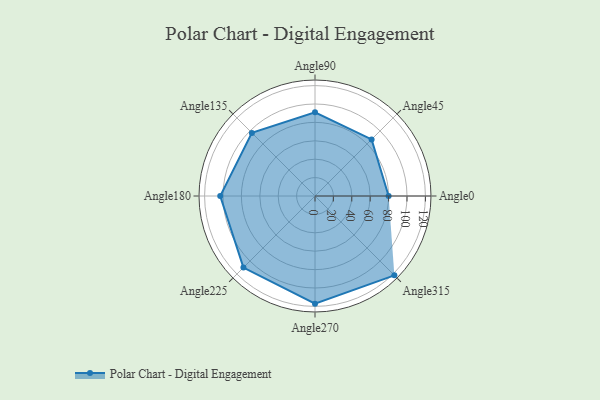
{"axis": {"x": "Angle", "y": "Radius"}, "legend": [""], "data": [{"x": "Angle0", "y": 80.0, "type": ""}, {"x": "Angle45", "y": 87.0, "type": ""}, {"x": "Angle90", "y": 91.0, "type": ""}, {"x": "Angle135", "y": 97.0, "type": ""}, {"x": "Angle180", "y": 103.0, "type": ""}, {"x": "Angle225", "y": 110.0, "type": ""}, {"x": "Angle270", "y": 117.0, "type": ""}, {"x": "Angle315", "y": 122.0, "type": ""}]}